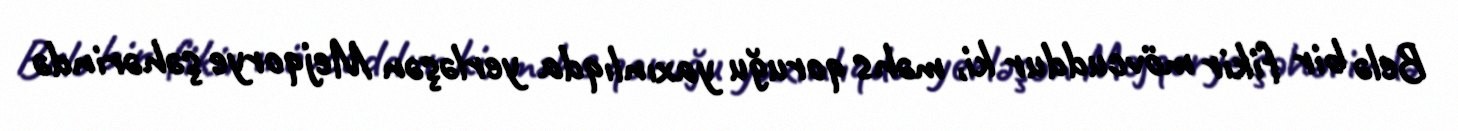
Belə bir fikir mövcuddur ki, məhs qoruğu yaxınlıqda yerləşən Mejqorye şəhərində